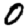
Digit: 0